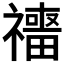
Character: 𥜑